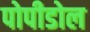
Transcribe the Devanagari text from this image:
पोपीडोल